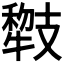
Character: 𱭯